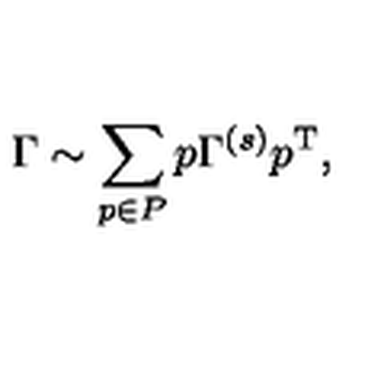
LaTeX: \Gamma \sim \sum _ { p \in P } p \Gamma ^ { ( s ) } p ^ { \mathrm { T } } ,